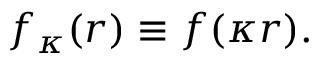
f _ { \kappa } ( r ) \equiv f ( \kappa r ) .